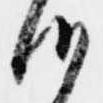
候